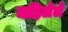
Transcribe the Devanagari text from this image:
महिलेले